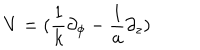
{ \displaystyle { V = ( \frac { 1 } { k } \partial _ { \phi } - \frac { 1 } { a } \partial _ { z } ) } }